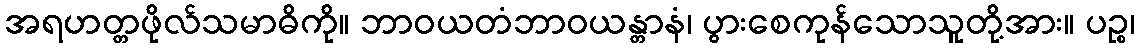
အရဟတ္တဖိုလ်သမာဓိကို။ ဘာဝယတံဘာဝယန္တာနံ၊ ပွားစေကုန်သောသူတို့အား။ ပဉ္စ၊